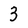
Character: 3